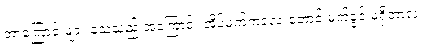
ဘာကြောင့် များ သေသည့် အကြောင်း အိပ်မက်ကလေးတောင် မက်ခွင့် မရှိတာလဲ။